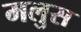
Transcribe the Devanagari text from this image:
मलुस